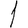
Digit: 1